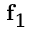
{ \bf f } _ { 1 }